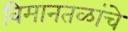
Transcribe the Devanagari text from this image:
विमानतळांचे